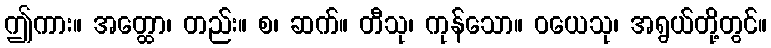
ဤကား။ အတ္ထော၊ တည်း။ စ၊ ဆက်။ တီသု၊ ကုန်သော။ ဝယေသု၊ အရွယ်တို့တွင်။